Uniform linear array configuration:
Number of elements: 32
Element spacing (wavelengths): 0.25
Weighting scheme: uniform
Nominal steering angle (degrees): -30
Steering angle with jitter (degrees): -29.417
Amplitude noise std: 0.05
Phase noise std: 0.05

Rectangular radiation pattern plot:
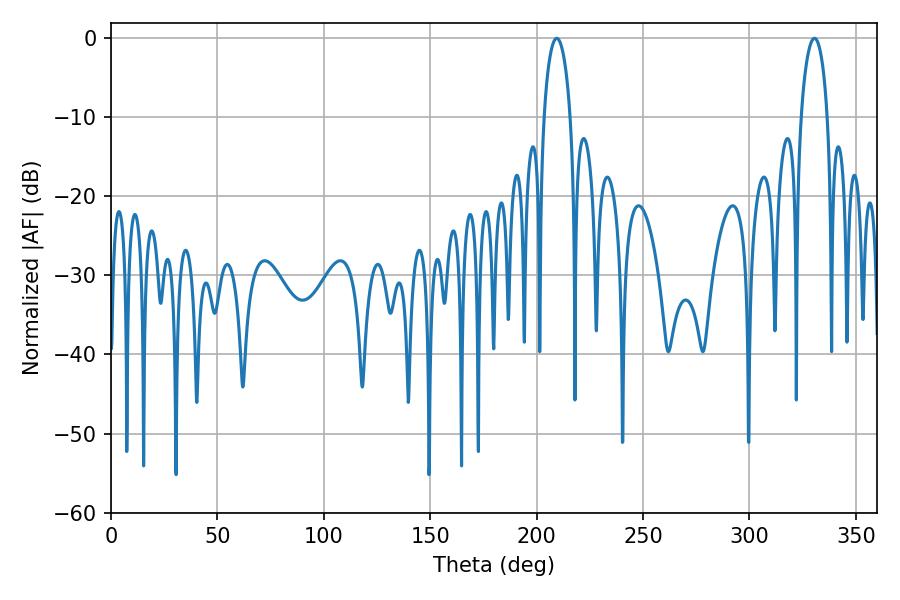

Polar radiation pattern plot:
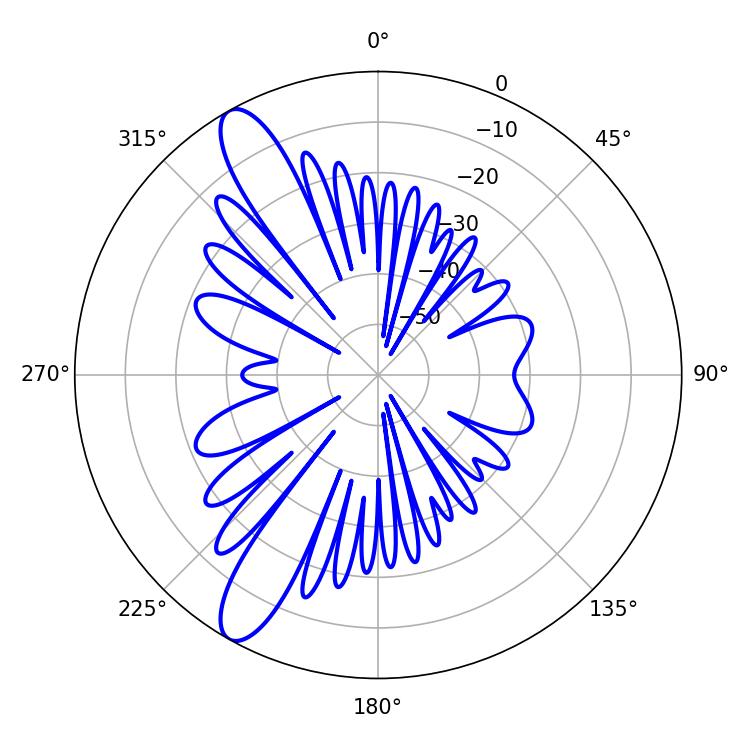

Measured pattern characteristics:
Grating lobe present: FALSE
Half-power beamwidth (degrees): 7.2
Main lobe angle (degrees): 330.48